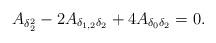
LaTeX: \begin{align*} A_{\delta_2^2}-2A_{\delta_{1,2}\delta_2}+4A_{\delta_0\delta_2}=0.\end{align*}